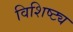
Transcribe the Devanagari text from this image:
विशिष्ट्य